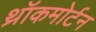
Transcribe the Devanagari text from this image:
थ्रॉकमोर्टन